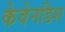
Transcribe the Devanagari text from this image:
केवेनडिश